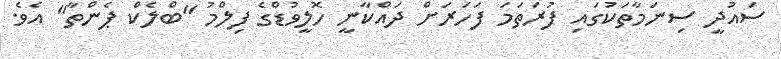
ސައުދީ ސިނަމާތަކުގައި ފުރަތަމަ ފަހަރަށް ދައްކާނީ ހޮލީވުޑްގެ ފިލްމު "ބްލެކް ޕެންތާ" އެވެ.